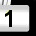
Digit: 1